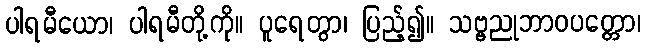
ပါရမီယော၊ ပါရမီတို့ကို။ ပူရေတွာ၊ ပြည့်၍။ သဗ္ဗညုဘာဝပတ္တော၊